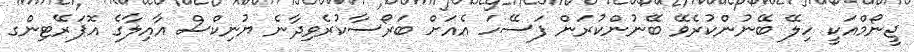
ޖީނޯމްއަކީ ހިލޭ ބޭނުންކުރެވޭ ބޭނުންކުރަން ފަސޭހަ އެއަށް ބަރޯސާކުރެވިދާނެ ޔުނިކްސް އާއިލާގެ އޮޕަރޭޓިންގ